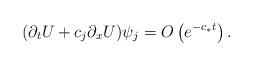
LaTeX: \begin{align*}(\partial_tU+c_j\partial_xU)\psi_j=O\left(e^{-c_*t}\right). \end{align*}